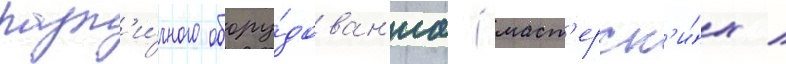
разл'и́чного обору́дован'иа (маст'ерск'и́х /